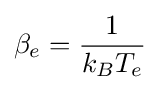
\beta _{e}={\frac {1}{k_{B}T_{e}}}